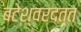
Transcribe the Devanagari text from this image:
बटेश्वरदत्त